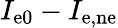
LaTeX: I_{\mathrm{e0}}-I_{\mathrm{e,ne}}